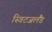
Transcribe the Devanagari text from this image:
स्विटजलैंड